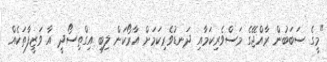
"މީގެ ސަބަބުން ރާއްޖޭގެ މަސްވެރިކަމާއި ދަނޑުވެރިކަމަށް އާރޯކަން ލިބި އިގްތިސޯދީ އާ ވަޒީފާތަކެއް